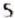
5